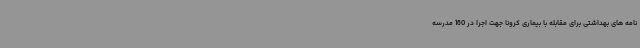
نامه های بهداشتی برای مقابله با بیماری کرونا جهت اجرا در 160 مدرسه